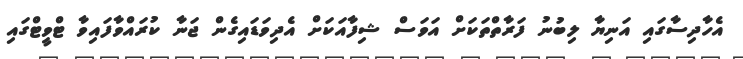
އެހާދިސާގައި އަނިޔާ ލިބުނު ފަރާތްތަކަށް އަވަސް ޝިފާއަކަށް އެދިވަޑައިގެން ޖަނާ ކުރައްވާފައިވާ ޓްވީޓްގައި